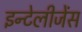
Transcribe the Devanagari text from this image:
इन्टेलीजेंस